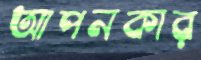
আপনকার